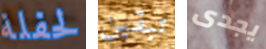
لحفلة تبقين يجدى